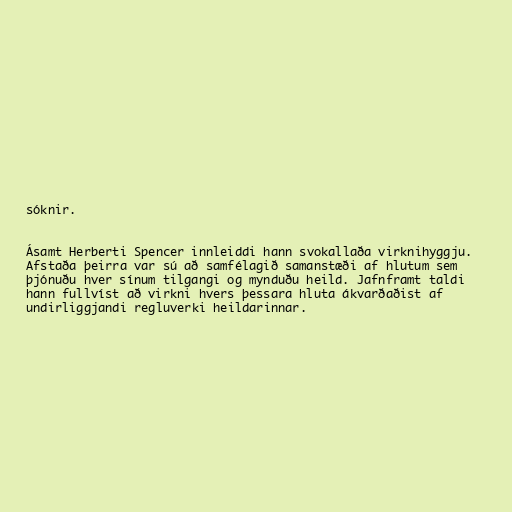
sóknir.

Ásamt Herberti Spencer innleiddi hann svokallaða virknihyggju.
Afstaða þeirra var sú að samfélagið samanstæði af hlutum sem
þjónuðu hver sínum tilgangi og mynduðu heild. Jafnframt taldi
hann fullvíst að virkni hvers þessara hluta ákvarðaðist af
undirliggjandi regluverki heildarinnar.